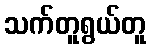
သက်တူရွယ်တူ